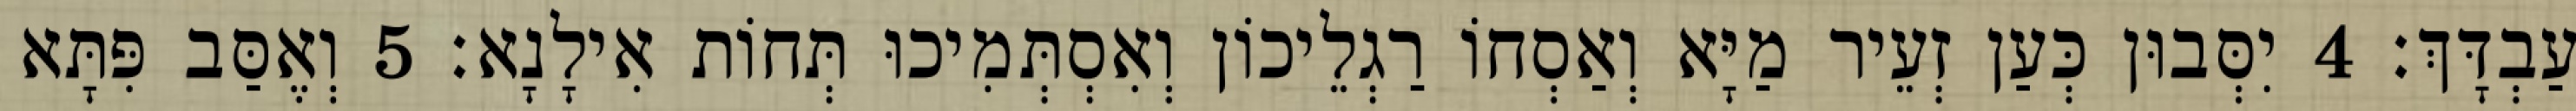
עַבְדָּךְ׃ 4 יִסְּבוּן כְּעַן זְעֵיר מַיָּא וְאַסְחוֹ רַגְלֵיכוֹן וְאִסְתְּמִיכוּ תְּחוֹת אִילָנָא׃ 5 וְאֶסַּב פִּתָּא